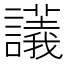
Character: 𧭖